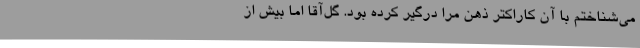
می‌شناختم با آن کاراکتر ذهن مرا درگیر کرده بود. گل‌آقا اما بیش از